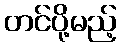
တင်ပို့မည့်